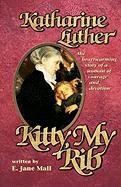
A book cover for Kitty, My Rib: The Heartwarming Story of a Woman of Courage and Devotion; E. Jane Mall; Christian Books & Bibles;